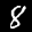
Label: 8